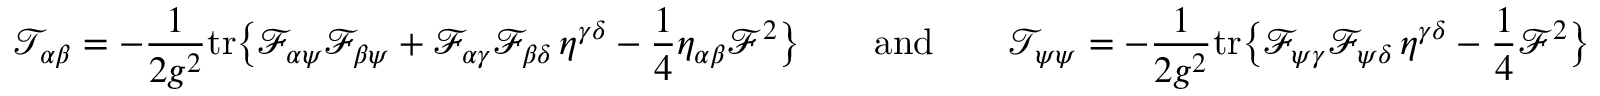
\mathcal { T } _ { \alpha \beta } = - \frac { 1 } { 2 g ^ { 2 } } \mathrm { t r } \bigl \{ \mathcal { F } _ { \alpha \psi } \mathcal { F } _ { \beta \psi } + \mathcal { F } _ { \alpha \gamma } \mathcal { F } _ { \beta \delta } \, \eta ^ { \gamma \delta } - \frac 1 4 \eta _ { \alpha \beta } \mathcal { F } ^ { 2 } \bigr \} \qquad \mathrm { a n d } \qquad \mathcal { T } _ { \psi \psi } = - \frac { 1 } { 2 g ^ { 2 } } \mathrm { t r } \bigl \{ \mathcal { F } _ { \psi \gamma } \mathcal { F } _ { \psi \delta } \, \eta ^ { \gamma \delta } - \frac 1 4 \mathcal { F } ^ { 2 } \bigr \}